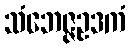
သံဘေဇ္ဇဥဒကံ